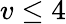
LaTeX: v\leq 4